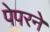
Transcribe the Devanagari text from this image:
पेपरने